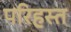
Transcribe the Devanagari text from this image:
परिहस्त